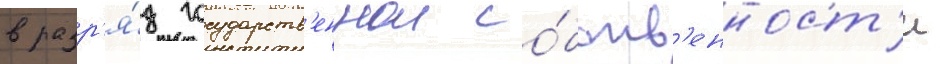
в разр'я́д государств'еннои со́бств'енност'и